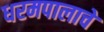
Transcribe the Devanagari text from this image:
धरमपालाचे